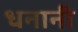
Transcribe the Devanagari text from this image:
धनानी